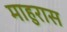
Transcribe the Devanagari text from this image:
माहुरास